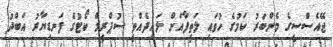
ޖޭއެސްސީގެ މެންބަރު ކަމުގެ ހުވައި ލަތީފާއަށް ލައިދެއްވީ ސުޕްރީމް ކޯޓުގެ ފަނޑިޔާރު އަބްދު